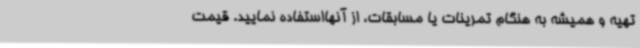
تهیه و همیشه به هنگام تمرینات یا مسابقات، از آنهااستفاده نمایید. قیمت